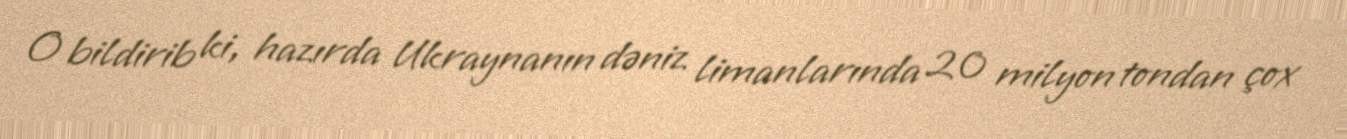
O bildirib ki, hazırda Ukraynanın dəniz limanlarında 20 milyon tondan çox